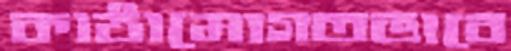
কাঠামোগতভাবে